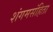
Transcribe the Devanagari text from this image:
शंगमसंहिता